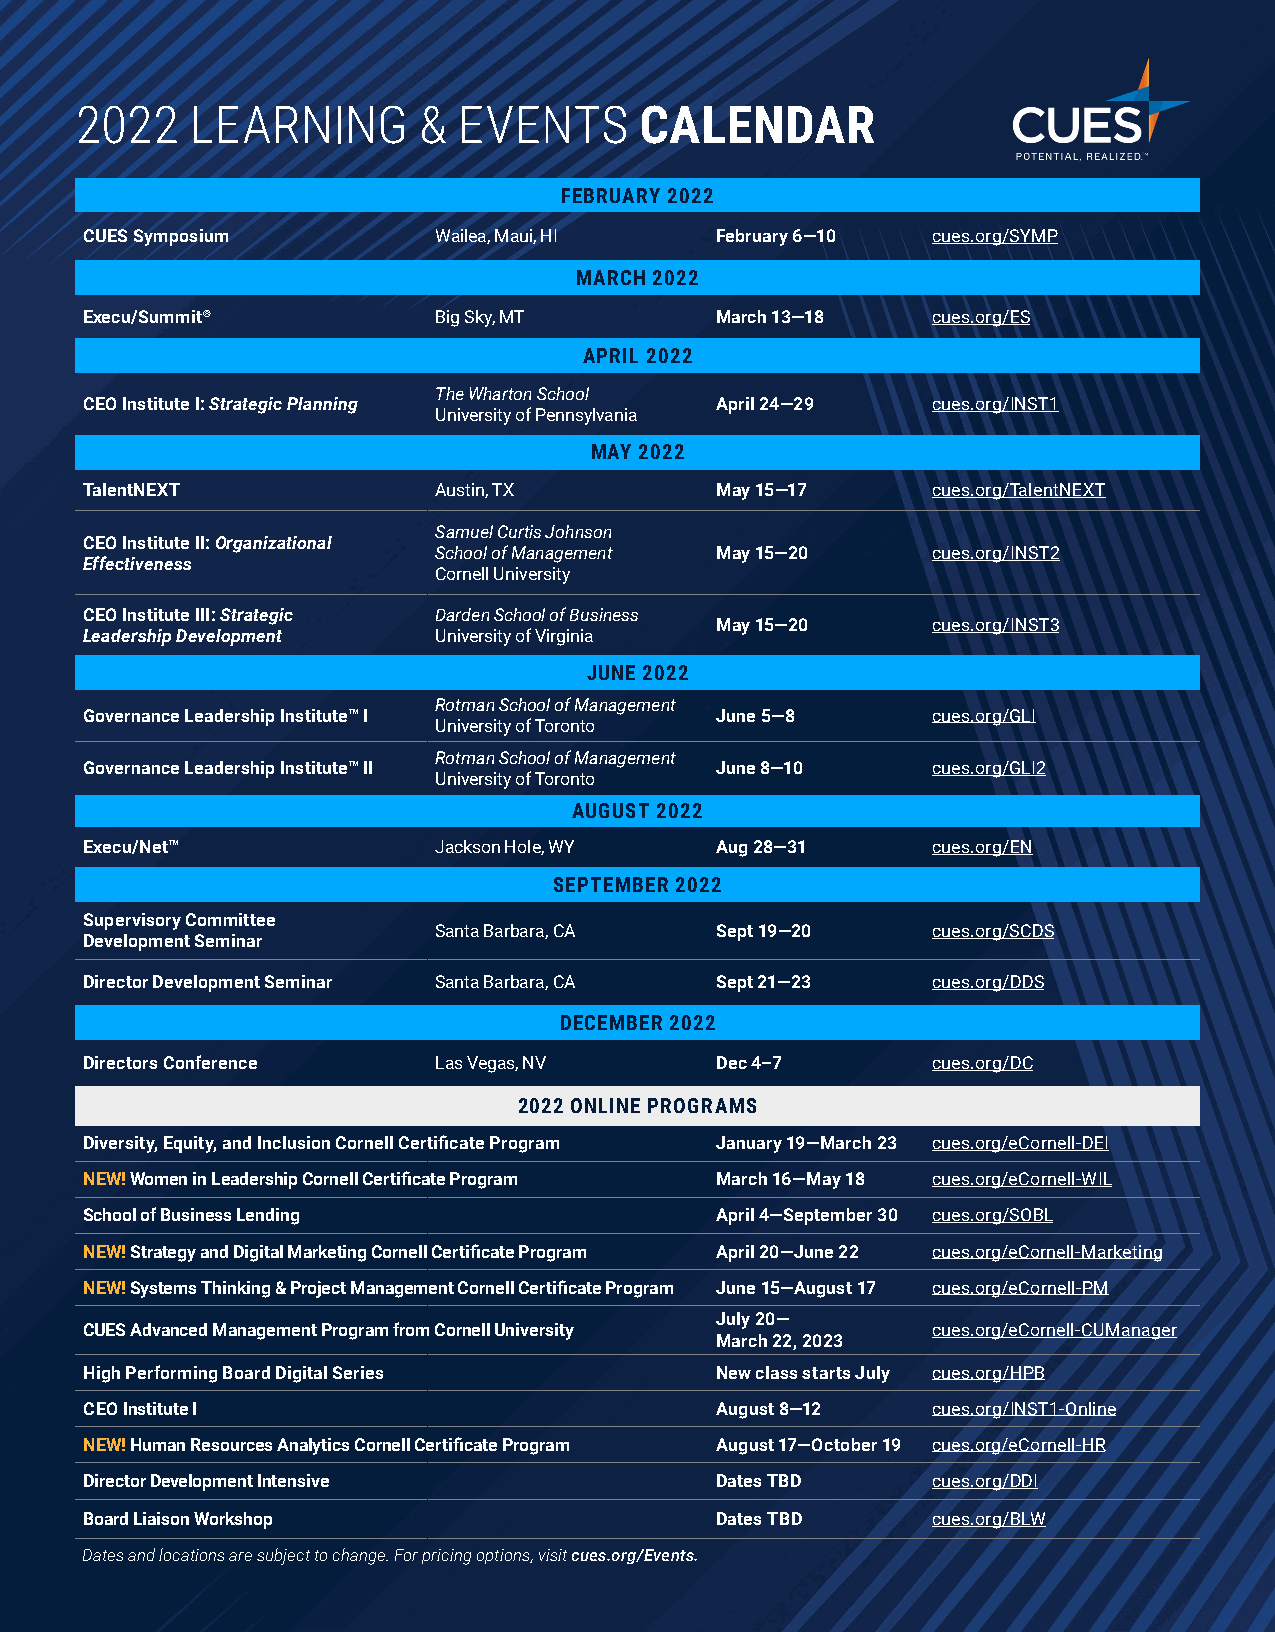
2022    LEARNING       & EVENTS      CALENDAR
 FEBRUARY 2022
 CUES Symposium          Wailea, Maui, HI  February 6—10  cues.org/SYMP
 MARCH 2022
 Execu/Summit®           Big Sky, MT       March 13—18    cues.org/ES
 APRIL 2022
 The Wharton School
 CEO Institute I: Strategic Planning       April 24—29    cues.org/INST1
 University of Pennsylvania
 MAY 2022
 TalentNEXT              Austin, TX        May 15— 17     cues.org/TalentNEXT
 Samuel Curtis Johnson
 CEO Institute II: Organizational
 School of Management May 15—20   cues.org/INST2
 Effectiveness
 Cornell University
 CEO Institute III: Strategic Darden School of Business
 May 15—20      cues.org/INST3
 Leadership Development  University of Virginia
 JUNE 2022
 Rotman School of Management
 Governance Leadership Institute™ I        J une 5—8      cues.org/GLI
 University of Toronto
 Rotman School of Management
 Governance Leadership Institute™ II       June 8—10      cues.org/GLI2
 University of Toronto
 AUGUST 2022
 Execu/Net™              Jackson Hole, WY  Aug 28—31      cues.org/EN
 SEPTEMBER 2022
 Supervisory Committee
 Santa Barbara, CA Sept 19—20     cues.org/SCDS
 Development Seminar
 Director Development Seminar Santa Barbara, CA Sept 21—23 cues.org/DDS
 DECEMBER 2022
 Directors Conference    Las Vegas, NV     Dec 4–7        cues.org/DC
 2022 ONLINE PROGRAMS
 Diversity, Equity, and Inclusion Cornell Certificate Program January 19—March 23 cues.org/eCornell-DEI
 NEW! Women in Leadership Cornell Certificate Program March 16—May 18 cues.org/eCornell-WIL
 School of Business Lending                April 4—September 30 cues.org/SOBL
 NEW! Strategy and Digital Marketing Cornell Certificate Program April 20—June 22 cues.org/eCornell-Marketing
 NEW! Systems Thinking & Project Management Cornell Certificate Program June 15—August 17 cues.org/eCornell-PM
 July 20—
 CUES Advanced Management Program from Cornell University cues.org/eCornell-CUManager
 March 22, 2023
 High Performing Board Digital Series      New class starts July cues.org/HPB
 CEO Institute I                          August 8—12    cues.org/INST1-Online
 NEW! Human Resources Analytics Cornell Certificate Program August 17—October 19 cues.org/eCornell-HR
 Director Development Intensive            Dates TBD      cues.org/DDI
 Board Liaison Workshop                    Dates TBD      cues.org/BLW
 Dates and locations are subject to change. For pricing options, visit cues.org/Events.